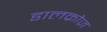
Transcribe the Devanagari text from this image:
डालक्रोज़